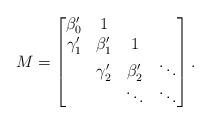
LaTeX: \begin{align*}M = \left[ \begin{matrix}\beta_0^{\prime} & 1 & & \\\gamma_1^{\prime} & \beta_1^{\prime} & 1 & \\ & \gamma_2^{\prime} & \beta_2^{\prime} & \ddots \\ & & \ddots & \ddots\end{matrix} \right] .\end{align*}